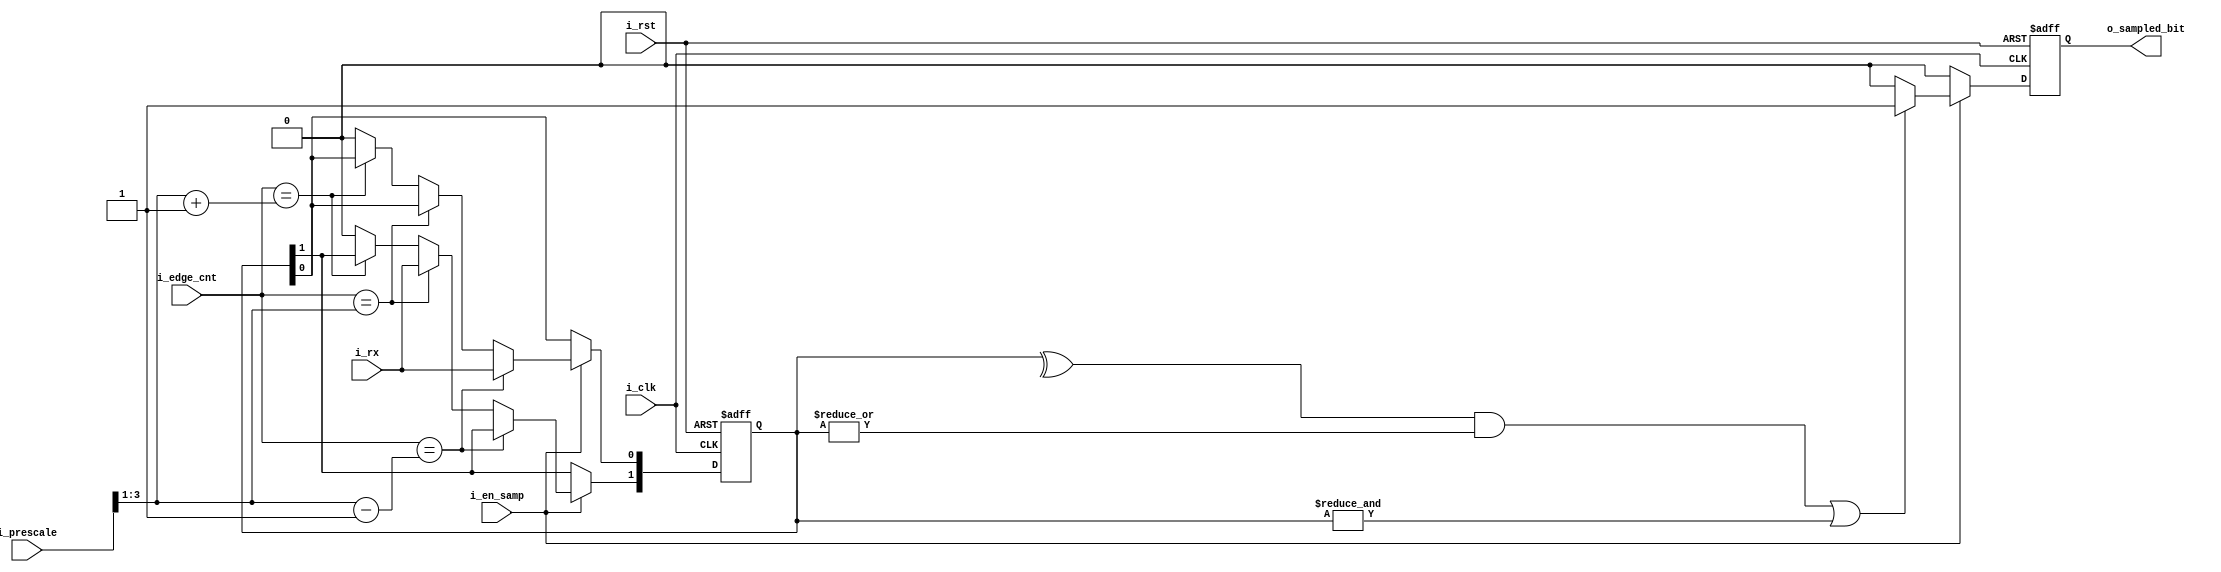
module rx_data_sample(
    input wire          i_clk , i_rst , i_rx, i_en_samp, 
    input wire [4:0]    i_prescale, 
    input wire [2:0]    i_edge_cnt, 

    output reg o_sampled_bit 
);


    // Samples indeces 
    wire [2:0] left , center , right;

    assign center = i_prescale >> 2 - 1'b1;
    assign left = center - 1'b1;
    assign right = center + 1'b1; 



    reg [1:0] samples;

    // Sampling 
    always @(posedge i_clk or negedge i_rst)
        begin
            if(~i_rst)
                begin
                     samples <= 2'b0;
                end 
            else 
                begin
                    if (i_en_samp)
                        if(i_edge_cnt == left)
                            samples[0] <= i_rx; 
                        else if (i_edge_cnt == center)
                            samples[1] <= i_rx;
                        else if (i_edge_cnt == right)
                            samples[2] <= i_rx;
                    else 
                        samples <= 3'b0;  
                end 
        end 

    wire all_ones , all_zeros , even_ones;

    assign all_ones = &samples;
    assign all_zeros = ~(|samples);
    assign even_ones = ^samples;


    always @(posedge i_clk or negedge i_rst)
        begin
            if(~i_rst)
                begin
                    o_sampled_bit <= 1'b0;  
                end 
            else 
                begin 
                    if(i_en_samp)
                        begin
                            if((even_ones && (~all_zeros)) | all_ones)
                                o_sampled_bit <= 1'b1;
                            else 
                                o_sampled_bit <= 1'b0; 
                        end 
                    else 
                        o_sampled_bit <= 1'b0; 
                end  
        end 

    




endmodule